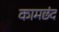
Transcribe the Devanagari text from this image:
कामछंद